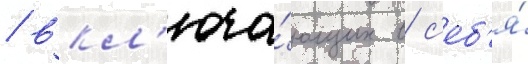
/ вкл'юча́ющих в с'еб'я́